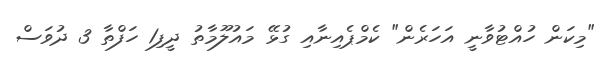
"މިކަން ހުއްޓުވާނީ އަހަރެން" ކެމްޕެއިނާއި ގުޅޭ މައުލޫމާތު ދީފި1 ހަފްތާ 3 ދުވަސް